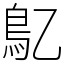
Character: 鳦